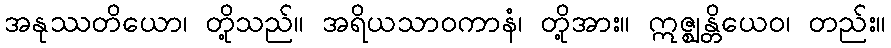
အနုဿတိယော၊ တို့သည်။ အရိယသာဝကာနံ၊ တို့အား။ ဣဇ္ဈန္တိယေဝ၊ တည်း။